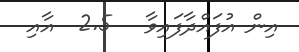
އިން އުފައްދާފައިވާ   2.5  އާއި